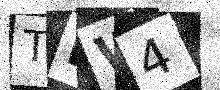
Text: TNW4